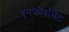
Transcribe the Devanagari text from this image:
एनफ़ोर्समेंट